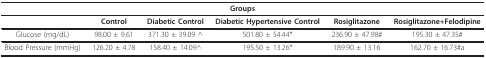
<table><thead><tr><td colspan="6"><b>Groups</b></td></tr></thead><tbody><tr><td></td><td><b>Control</b></td><td><b>Diabetic Control</b></td><td><b>Diabetic Hypertensive Control</b></td><td><b>Rosiglitazone</b></td><td><b>Rosiglitazone+Felodipine</b></td></tr><tr><td>Glucose (mg/dL)</td><td>98.00 ± 9.61</td><td>371.30 ± 39.09 ^</td><td>501.80 ± 54.44*</td><td>236.90 ± 47.98#</td><td>195.30 ± 47.35#</td></tr><tr><td>Blood Pressure (mmHg)</td><td>126.20 ± 4.78</td><td>158.40 ± 14.09^</td><td>195.50 ± 13.26*</td><td>189.90 ± 13.16</td><td>162.70 ± 16.73#a</td></tr></tbody></table>